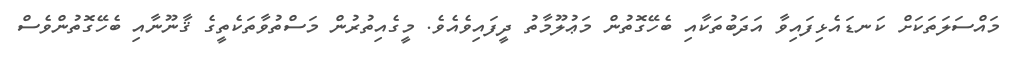
މައްސަލަތަކަށް ކަނޑައެޅިފައިވާ އަދަބުތަކާއި ބެހޭގޮތުން މަޢުލޫމާތު ދީފައިވެއެވެ. މީގެއިތުރުން މަސްތުވާތަކެތީގެ ޤާނޫނާއި ބެހޭގޮތުންވެސް